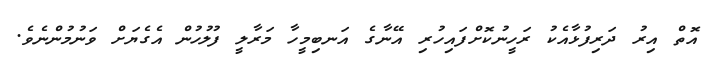
އޮތް އިރު ދަރިފުޅާއެކު ރަހީނުކޮށްފައިހުރި އޭނާގެ އަނބިމީހާ މަރާލީ ފުލުހުން އެގެޔަށް ވަނުމުންނެވެ.